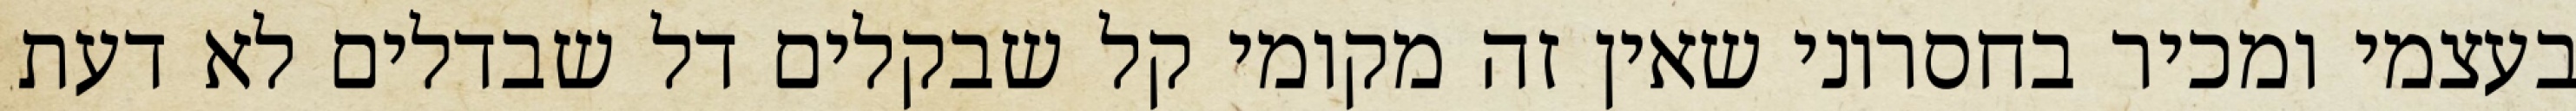
בעצמי ומכיר בחסרוני שאין זה מקומי קל שבקלים דל שבדלים לא דעת